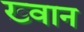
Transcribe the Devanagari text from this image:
ख़्वान